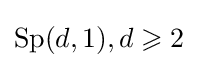
\mathrm {Sp} (d,1),d\geqslant 2